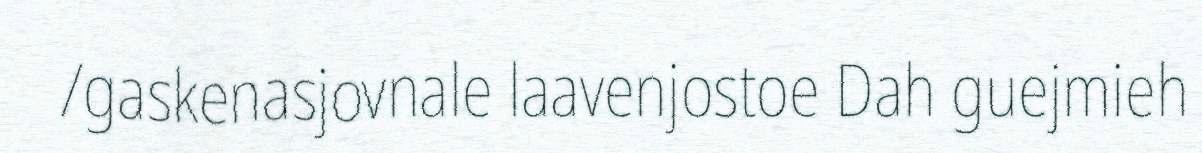
/gaskenasjovnale laavenjostoe Dah guejmieh